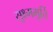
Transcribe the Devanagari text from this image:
सूक्ष्ममूर्ति